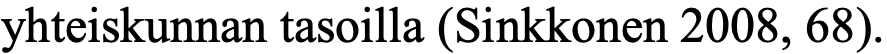
yhteiskunnan tasoilla (Sinkkonen 2008, 68).